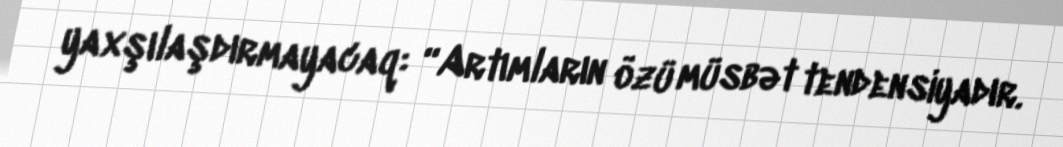
yaxşılaşdırmayacaq: “Artımların özü müsbət tendensiyadır.